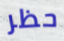
حظر